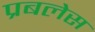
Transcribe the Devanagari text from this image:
प्रबलेस